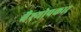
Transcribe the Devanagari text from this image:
वैश्योपकार